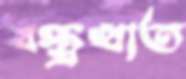
বস্ত্রখাত